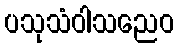
ပသုသံဝါသညေဝ